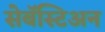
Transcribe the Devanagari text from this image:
सेबॅस्टिअन